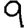
Digit: 9